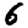
Digit: 6